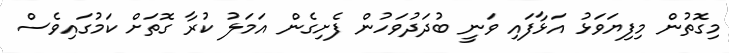
މިގޮތުން މިފިޔަވަޅު އަޅާފައި ވަނީ ބުދަދުވަހުން ފެށިގެން އަމަލު ކުރާ ގޮތަށް ކަމުގައިވެސް